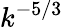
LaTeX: k^{-5/3}